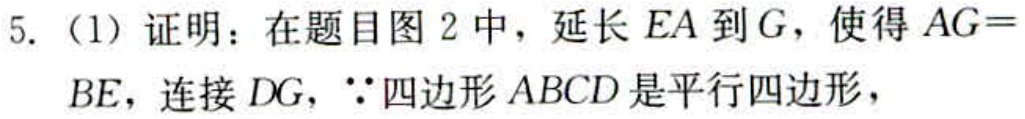
5.（1）证明：在题目图 2 中，延长 \(EA\) 到 \(G\)，使得 \(AG = BE\)，连接 \(DG\)，\(\because\)四边形 \(ABCD\) 是平行四边形，